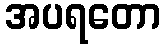
အပရတော